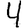
Digit: 4